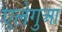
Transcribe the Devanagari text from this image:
एलेगुआ